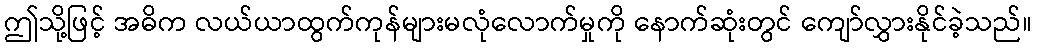
ဤသို့ဖြင့် အဓိက လယ်ယာထွက်ကုန်များမလုံလောက်မှုကို နောက်ဆုံးတွင် ကျော်လွှားနိုင်ခဲ့သည်။